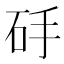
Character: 𱳰